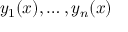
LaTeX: y _ { 1 } ( x ) , \ldots , y _ { n } ( x )